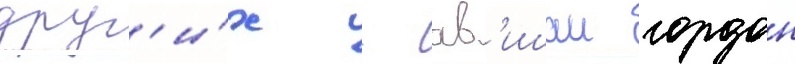
друг'и́х - ав'ишаи гордон